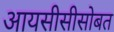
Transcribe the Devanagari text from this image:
आयसीसीसोबत